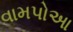
વામપોઆ